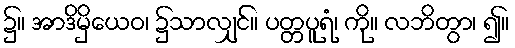
၌။ အာဒိမှိယေဝ၊ ၌သာလျှင်။ ပတ္တပူရံ၊ ကို။ လဘိတွာ၊ ၍။